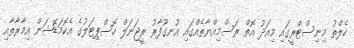
ހެލްތު މިނިސްޓްރީގައި މިއަދު އޮތް ރަސްމިއްޔާތެއްގައި އުނގޫފާރު ރީޖަނަލް ހޮސްޕިޓަލުގެ އެކޮމަޑޭޝަން އިމާރާތާއި